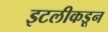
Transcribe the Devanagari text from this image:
इटलीकडून